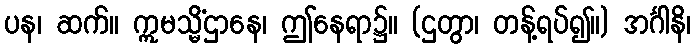
ပန၊ ဆက်။ ဣမသ္မိံဌာနေ၊ ဤနေရာ၌။ (ဌတွာ၊ တန့်ရပ်၍။) အင်္ဂါနိ၊